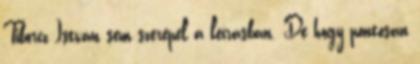
Tiborcz István sem szerepel a leírásban. De hogy pontosan